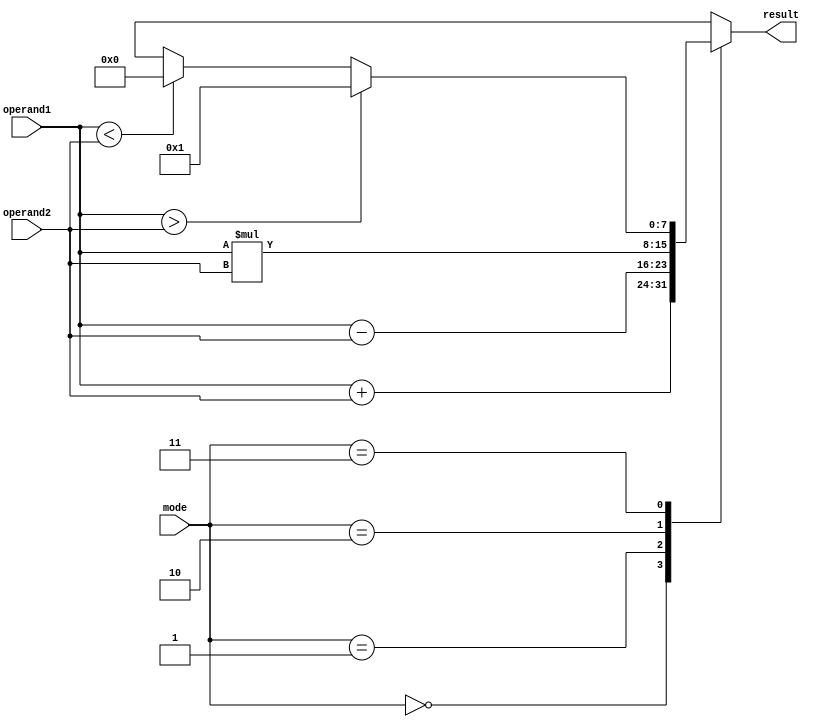
module ALU(
    input [7:0] operand1,
    input [7:0] operand2,
    input [1:0] mode,
    output reg [7:0] result
);

always @(*) begin
    case(mode)
        2'b00: result = operand1 + operand2; // Addition
        2'b01: result = operand1 - operand2; // Subtraction
        2'b10: result = operand1 * operand2; // Multiplication
        2'b11: begin
            if(operand1 > operand2)
                result = 8'b1; // Greater than
            else if(operand1 < operand2)
                result = 8'b0; // Less than
            else
                result = 8'bX; // Equal
        end
    endcase
end

endmodule